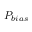
P _ { b i a s }